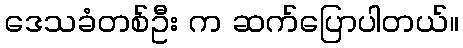
ဒေသခံတစ်ဦး က ဆက်ပြောပါတယ်။